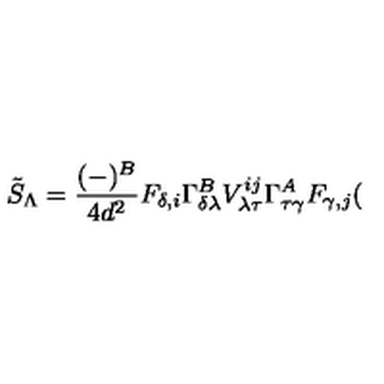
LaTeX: \tilde { S } _ { \Lambda } = \frac { ( - ) ^ { B } } { 4 d ^ { 2 } } F _ { \delta , i } \Gamma _ { \delta \lambda } ^ { B } V _ { \lambda \tau } ^ { i j } \Gamma _ { \tau \gamma } ^ { A } F _ { \gamma , j } (